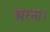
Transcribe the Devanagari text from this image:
भरना।